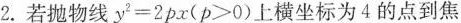
2.若抛物线$$y^{2}=2px(p>0)$$上横坐标为4的点到焦